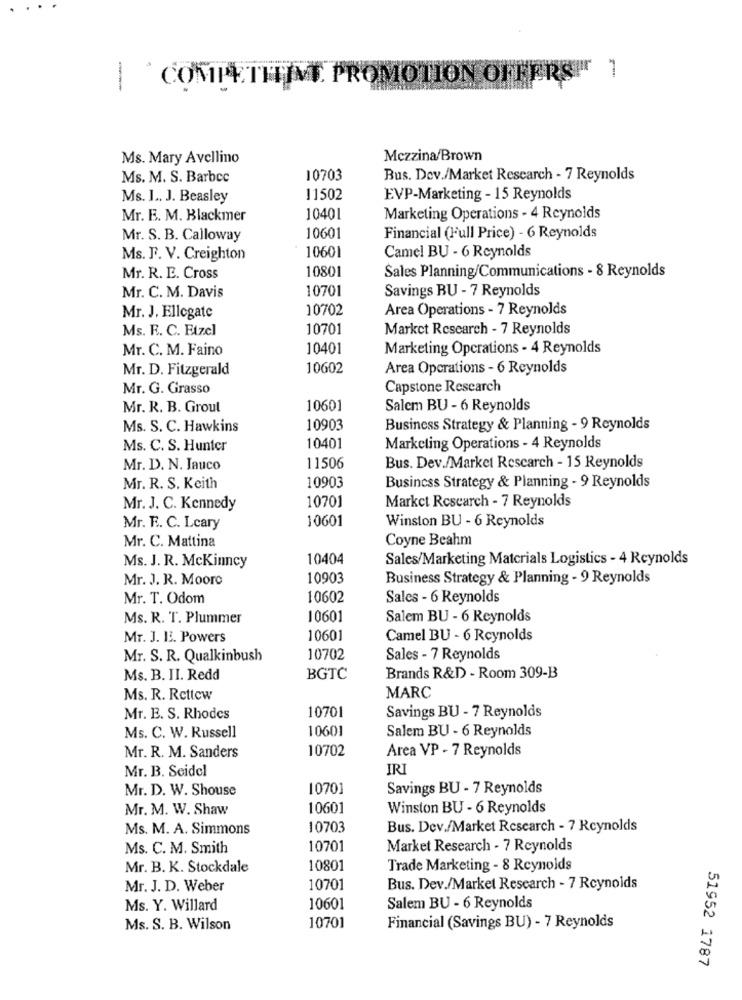
1
COMPETHIM PROMOTION OFFERS"
Ms. Mary Avellino
Mczzina/Brown
Ms. M. S. Barbcc
10703
Bus. Dev./Market Research - 7 Reynolds
Ms. I .. J. Beasley
11502
EVP-Marketing - 15 Reynolds
Mr. E. M. Blackmer
10401
Marketing Operations - 4 Reynolds
Mr. S. B. Calloway
10601
Financial (Full Price) - 6 Reynolds
Ms. F. V. Creighton
10601
Camel BU - 6 Reynolds
10801
Sales Planning/Communications - 8 Reynolds
Mr. R. E. Cross
10701
Savings BU - 7 Reynolds
Mr. C. M. Davis
10702
Area Operations - 7 Reynolds
Mr. J. Ellegate
Ms. R. C. Etzel
10701
Market Research - 7 Reynolds
Mr. C. M. Faino
10401
Marketing Operations - 4 Reynolds
Mr. D. Fitzgerald
10602
Area Operations - 6 Reynolds
Mr. G. Grasso
Capstone Research
Mr. R. B. Grout
10601
Salem BU - 6 Reynolds
Ms. S. C. Hawkins
10903
Business Strategy & Planning - 9 Reynolds
Ms. C. S. Hunter
10401
Marketing Operations - 4 Reynolds
Mr. D. N. Jauco
11506
Bus. Dev./Market Research - 15 Reynolds
10903
Mr. R. S. Keith
Business Strategy & Planning - 9 Reynolds
10701
Market Research - 7 Reynolds
Mr. J. C. Kennedy
10601
Winston BU - 6 Reynolds
Mr. F. C. Lcary
Coyne Beahm
Mr. C. Mattina
Ms. J. R. Mckinney
10404
Sales/Marketing Matcrials Logistics - 4 Reynolds
Mr. J. R. Moore
10903
Business Strategy & Planning - 9 Reynolds
Mr. T. Odom
10602
Sales - 6 Reynolds
Ms. R. T. Plummer
10601
Salem BU - 6 Reynolds
MT. J. H. Powers
10601
Camel BU - 6 Reynolds
Mr. S. R. Qualkinbush
10702
Sales - 7 Reynolds
Ms. B. II. Redd
BGTC
Brands R&D - Room 309-B
Ms. R. Rettew
MARC
10701
Savings BU - 7 Reynolds
Mr. E. S. Rhodes
10601
Salem BU - 6 Reynolds
Ms. C. W. Russell
Mr. R. M. Sanders
10702
Area VP - 7 Reynolds
Mr. B. Seidel
IRI
Mr. D. W. Shouse
10701
Savings BU - 7 Reynolds
Mr. M. W. Shaw
10601
Winston BU - 6 Reynolds
Ms. M. A. Simmons
10703
Bus. Dev./Market Research - 7 Reynolds
Ms. C. M. Smith
10701
Market Research - 7 Reynolds
Mr. B. K. Stockdale
10801
Trade Marketing - 8 Reynolds
Mr. J. D. Weber
10701
Bus. Dev./Market Research - 7 Reynolds
Ms. Y. Willard
10601
Salem BU - 6 Reynolds
Ms. S. B. Wilson
10701
Financial (Savings BU) - 7 Reynolds
51952 1787